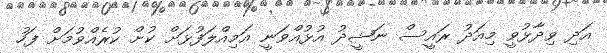
އަދި ވިދާޅުވީ މިއަދު ރައީސް ނަޝީދު އުޅުއްވަނީ އަމިއްލަފުޅަށް ކުށް ކުރެއްވުމަށް ފަހު